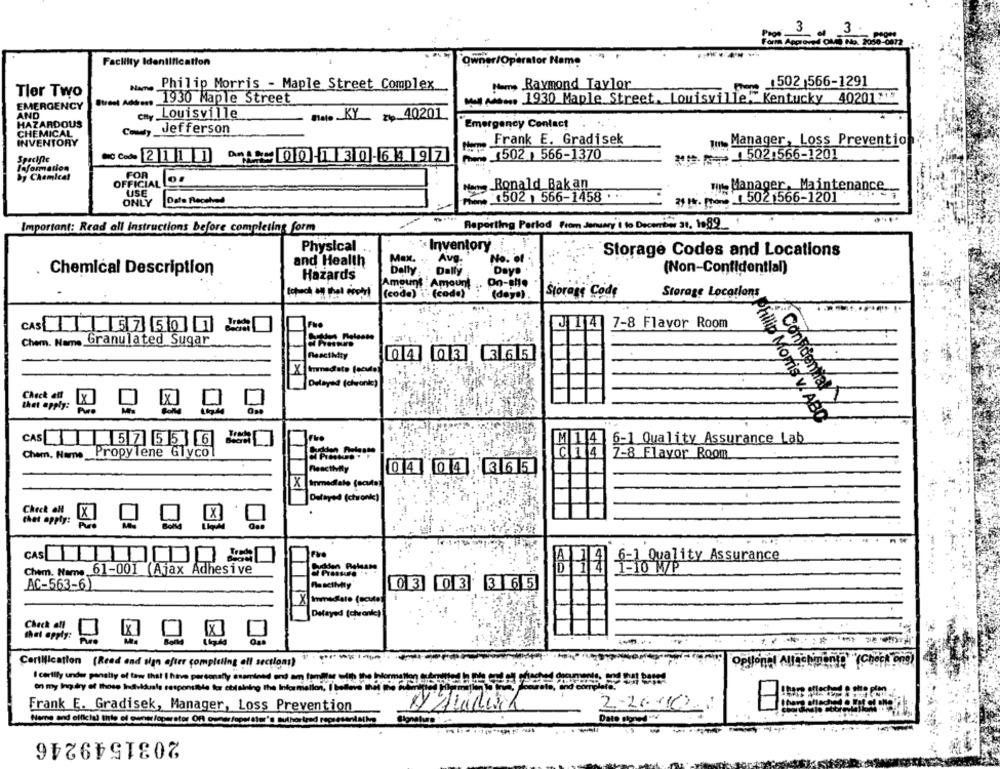
3
3
Page.
Forma Approved OME No. 2050
Facility Identification
Owner/Operator Name
Philip Morris - Maple Street Complex
1502 566-1291
Tler Two
Name
Raymond Taylor
1930 Maple Street
Mul Ando. 1930 Maple Street, Louisville," Kentucky 40201215
EMERGENCY
AND
Louisville
nas KY
2, 40201.
HAZARDOUS
CHEMICAL
Jefferson
Emergency Contact
INVENTORY
Frank E. Gradisek
Manager, Loss Prevention
502.566-1201
Specific
BIC Code 211] Dc 00 -1 30 -64 97
1502 566-1370
laformation
by Chemical
FOR
OFFICIAL
USE
Ronald Bakan
wy-Manager, Maintenance
Date Received
(502 ) 566-1458
2 . 5021566-1201
ONLY
Important: Read all instructions before completing form
Reporting Period From January'i to December 31. 1989_
Inventory
Physical
Storage Codes and Locations
and Health
Max.
Avg.
No. of
Dally
(Non-Confidential)
Chemical Description
Hazards
Delly
Days
Amount : Amount
Amount
On-site
(code) ' (code)
(days)
Storage Code
Storage Locations
7-8 Flavor Room
CAST 57 50
J14
Chem. Name Granulated Sugar
ReactMty
0 4 03 36 5
Delayed (chronie)
Check att
thet apply:
Philip Morris v. ABD
CAS57556
M 1 4 6-1 Quality Assurance Lab
Chem. Name Propylene Glycol
7-8 Flavor Room
ReactMily
04043 6 5
X inmediato fecute
Delayed (chronk]
Check all
[x]
CAS LEIDT
f=] Quality Assurance
Chem. Name 61-001 (Ajax Adhesive
365
AC-563-6)
03 03
Delayed (chronic)
Check all
LX
that apply:
Certification (Read and sign after completing all section;)
opylonet AUS
I certify under penalty of law that I have personally esaminsel and am finger
on my Ing dry of those Individuals responsible for eblaining the Information, I bedlow
Frank E. Gradisek, Manager, Loss Prevention
2-2600
...
Date Migred.
6 4-144
----
2031549246